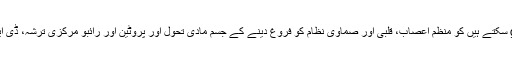
2، ریڈ ginseng سکتے ہیں کو منظم اعصاب، قلبی اور صمّاوی نظام کو فروغ دینے کے جسم مادی تحول اور پروٹین اور رائبو مرکزی ترشہ، ڈی این اے کی ترکیب ۔